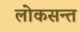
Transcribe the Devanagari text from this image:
लोकसन्त